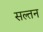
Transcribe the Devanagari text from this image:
सल्तन